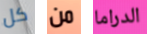
كل من الدراما